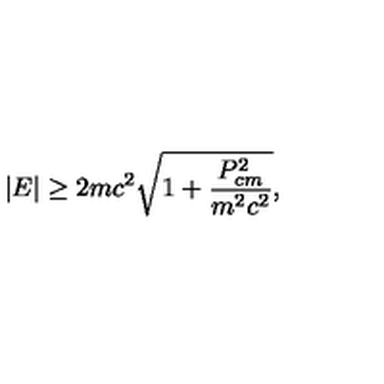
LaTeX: | E | \ge 2 m c ^ { 2 } \sqrt { 1 + \frac { P _ { c m } ^ { 2 } } { m ^ { 2 } c ^ { 2 } } } ,